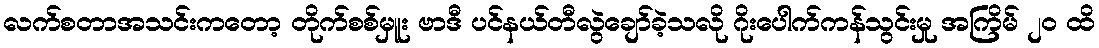
လက်စတာအသင်းကတော့ တိုက်စစ်မှူး ဗာဒီ ပင်နယ်တီလွဲချော်ခဲ့သလို ဂိုးပေါက်ကန်သွင်းမှု အကြိမ် ၂၀ ထိ